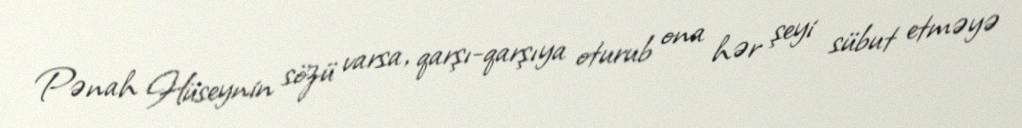
Pənah Hüseynin sözü varsa, qarşı-qarşıya oturub ona hər şeyi sübut etməyə